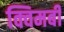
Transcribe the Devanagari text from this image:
क्विमबी